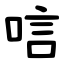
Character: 唁